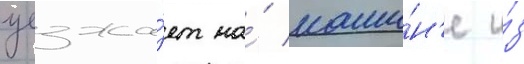
уезжа́ет на́ маши́н'е и́з